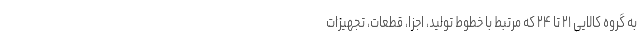
به گروه کالایی ۲۱ تا ۲۴ که مرتبط با خطوط تولید، اجزا، قطعات، تجهیزات